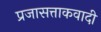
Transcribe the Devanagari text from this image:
प्रजासत्ताकवादी